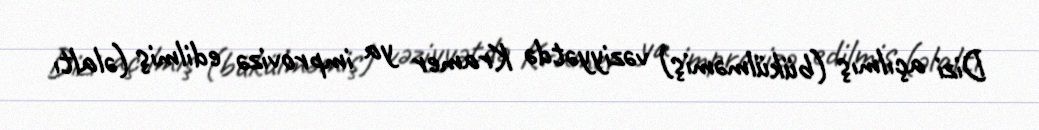
Dizi açılmış (bükülməmiş) vəziyyətdə Kramer ya improvizə edilmiş (əlaltı